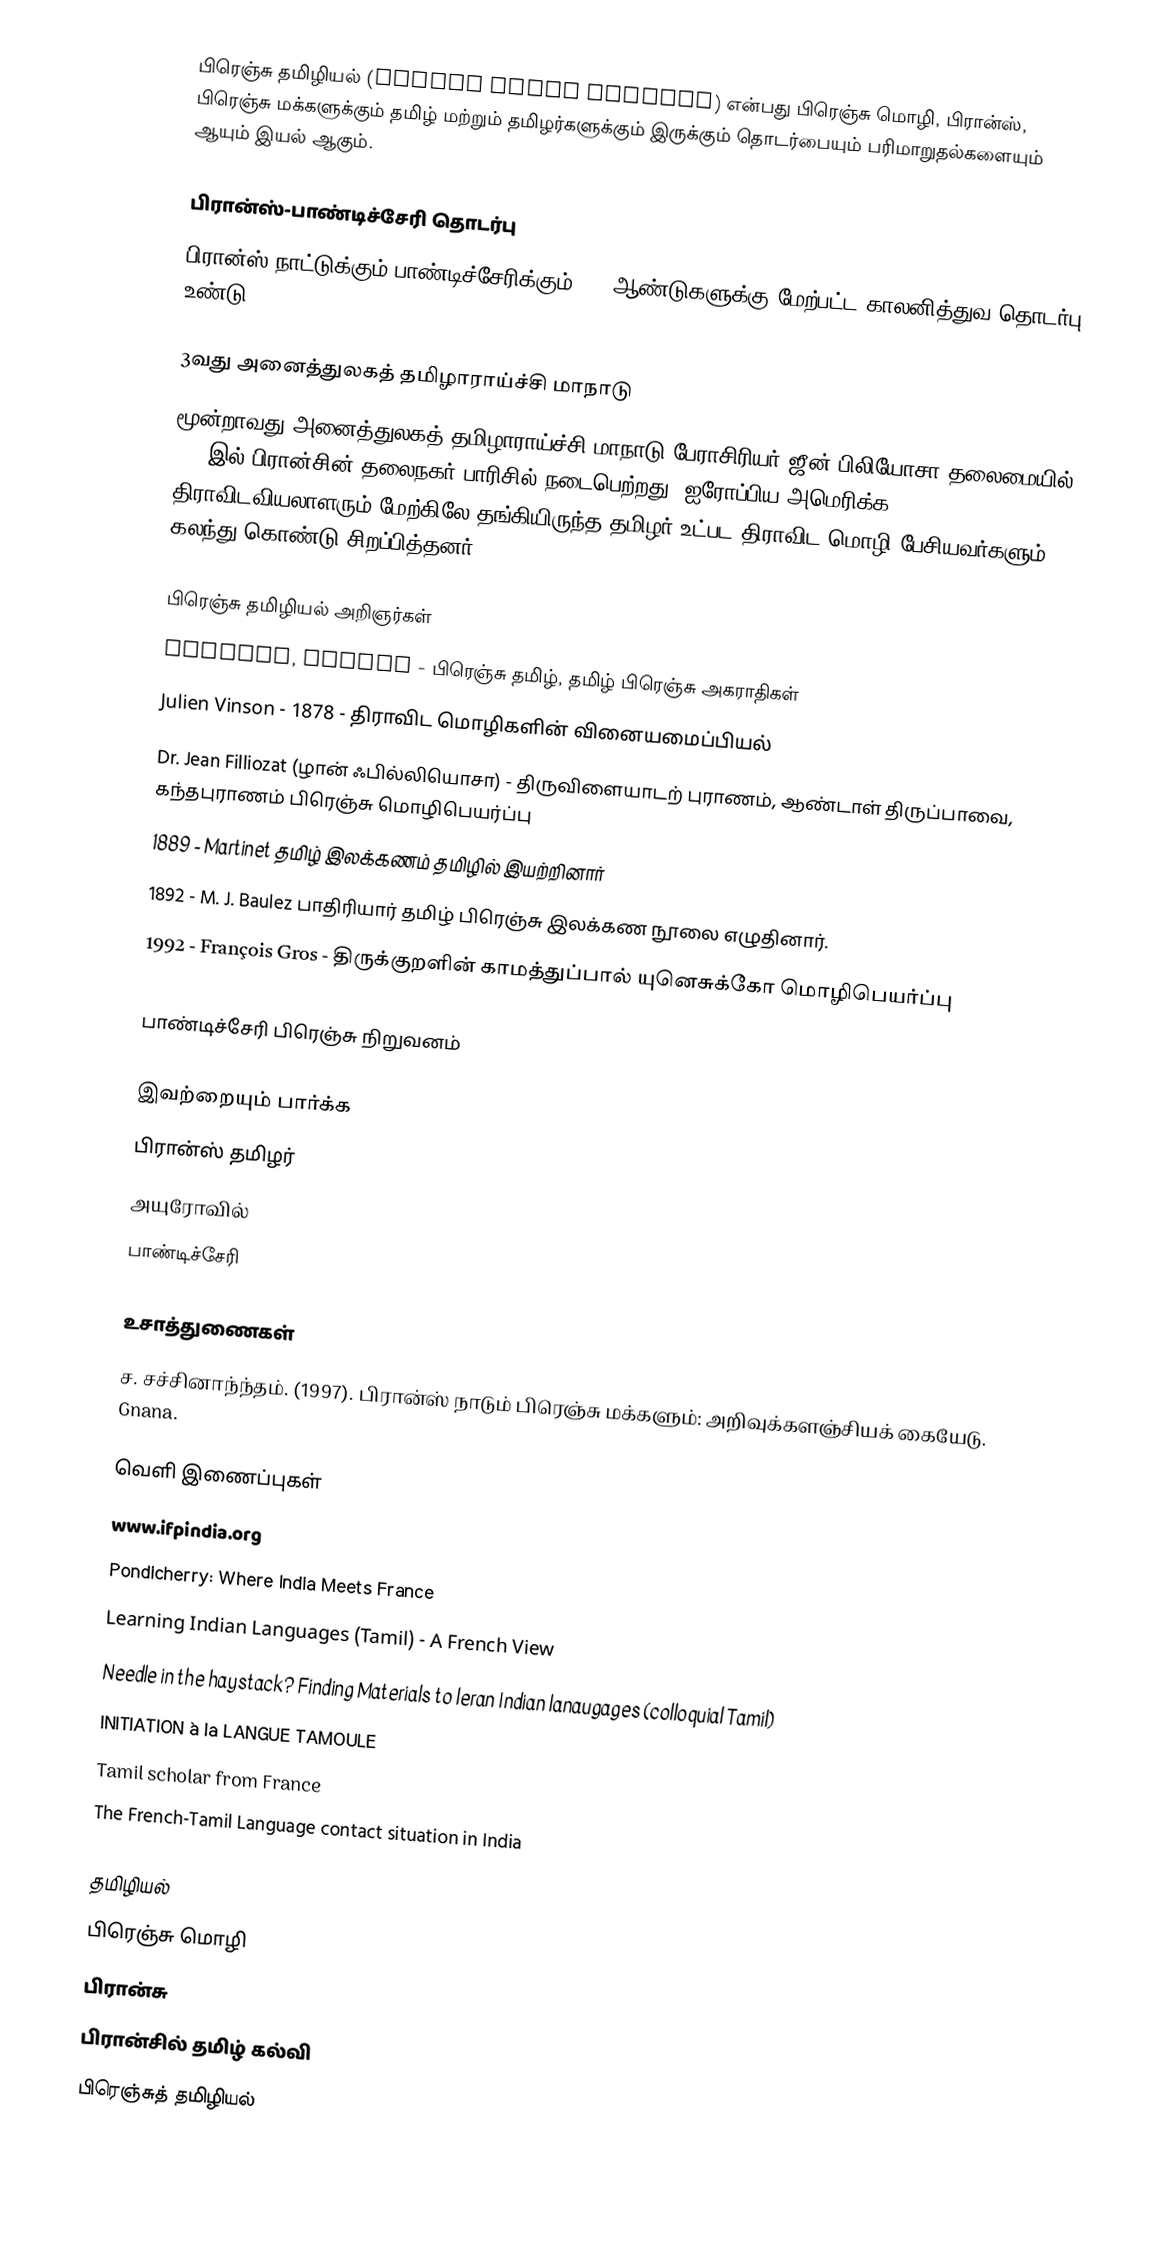
பிரெஞ்சு தமிழியல் (French Tamil Studies) என்பது பிரெஞ்சு மொழி, பிரான்ஸ், பிரெஞ்சு மக்களுக்கும் தமிழ் மற்றும் தமிழர்களுக்கும் இருக்கும் தொடர்பையும் பரிமாறுதல்களையும் ஆயும் இயல் ஆகும்.

பிரான்ஸ்-பாண்டிச்சேரி தொடர்பு
பிரான்ஸ் நாட்டுக்கும் பாண்டிச்சேரிக்கும் 400 ஆண்டுகளுக்கு மேற்பட்ட காலனித்துவ தொடர்பு உண்டு.

3வது அனைத்துலகத் தமிழாராய்ச்சி மாநாடு
மூன்றாவது அனைத்துலகத் தமிழாராய்ச்சி மாநாடு பேராசிரியர் ஜீன் பிலியோசா தலைமையில் 1970இல் பிரான்சின் தலைநகர் பாரிசில் நடைபெற்றது. ஐரோப்பிய அமெரிக்க திராவிடவியலாளரும் மேற்கிலே தங்கியிருந்த தமிழர் உட்பட திராவிட மொழி பேசியவர்களும் கலந்து கொண்டு சிறப்பித்தனர்.

பிரெஞ்சு தமிழியல் அறிஞர்கள்
 Mousset, Dupuis - பிரெஞ்சு தமிழ், தமிழ் பிரெஞ்சு அகராதிகள்
 Julien Vinson - 1878 - திராவிட மொழிகளின் வினையமைப்பியல்
 Dr. Jean Filliozat (ழான் ஃபில்லியொசா) - திருவிளையாடற் புராணம், ஆண்டாள் திருப்பாவை, கந்தபுராணம் பிரெஞ்சு மொழிபெயர்ப்பு
 1889 - Martinet தமிழ் இலக்கணம் தமிழில் இயற்றினார்
 1892 - M. J. Baulez பாதிரியார் தமிழ் பிரெஞ்சு இலக்கண நூலை எழுதினார்.
 1992 - François Gros - திருக்குறளின் காமத்துப்பால் யுனெசுக்கோ மொழிபெயர்ப்பு

பாண்டிச்சேரி பிரெஞ்சு நிறுவனம்

இவற்றையும் பார்க்க
 பிரான்ஸ் தமிழர்
 அயுரோவில்
 பாண்டிச்சேரி

உசாத்துணைகள்
 ச. சச்சினாந்ந்தம். (1997). பிரான்ஸ் நாடும் பிரெஞ்சு மக்களும்: அறிவுக்களஞ்சியக் கையேடு. Gnana.

வெளி இணைப்புகள்
 www.ifpindia.org
 Pondicherry: Where India Meets France
 Learning Indian Languages (Tamil) - A French View
 Needle in the haystack? Finding Materials to leran Indian lanaugages (colloquial Tamil)
 INITIATION à la LANGUE TAMOULE
 Tamil scholar from France
 The French-Tamil Language contact situation in India

தமிழியல்
பிரெஞ்சு மொழி
பிரான்சு
பிரான்சில் தமிழ் கல்வி
பிரெஞ்சுத் தமிழியல்